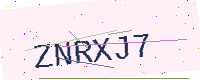
Text: ZNRXJ7